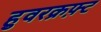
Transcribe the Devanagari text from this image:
हुवरक्रफ़्ट